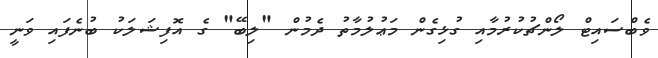
ވެބްސައިޓް ލޯންޗުކުރުމާއި ގުޅިގެން މަޢުލުމާތު ދެމުން "ލިބޭ" ގެ އޮފިޝަލަކު ބުނެފައި ވަނީ